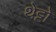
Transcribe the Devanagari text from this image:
थेट्टो